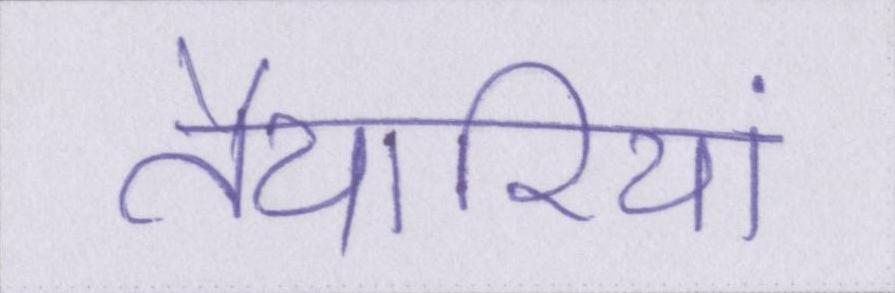
तैयारियां